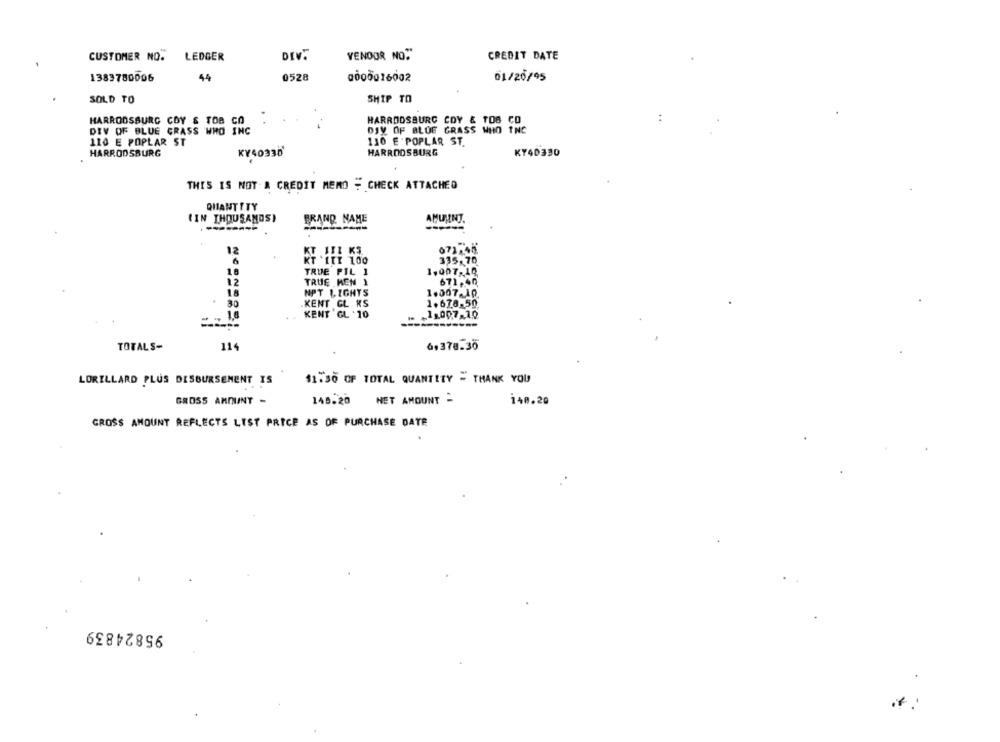
CUSTOMER NO.
LEDGER
DIV.
VENDOR NO."
CREDIT DATE
1383780006
44
0528
0000016002
01/26/95
SOLD TO
SHIP TO
HARRODSBURG CDY & TOS CO
HARRODSBURG CDY & TOB CO
DIV OF BLUE GRASS WHO INC
DJV OF BLUE GRASS WHO INC
110 E POPLAR ST
110 E POPLAR ST.
HARRODSBURG
KY40336
HARRODSBURG
KY40330
THIS IS NOT A CREDIT MEMO - CHECK ATTACHED
QUANTITY
(IN THOUSANDS)
BRAND NAME
12
671.45
335,70
18
TRUE PIL 1
1,007. 10
12
TRUE MEN 1
671,40
18
NPT 1,IGHTS
1.007.10
KENT GL KS
1.678.50
. 1,8
KENT GL :10
1,007-10
TOTALS-
114
6,378.30
LORILLARD PLUS DISBURSEMENT IS
$1.30 OF TOTAL QUANTITY = THANK YOU
GROSS AMOUNT -
148.20 NET AMOUNT -
140.20
CROSS AMOUNT REFLECTS LIST PRICE AS OF PURCHASE DATE
95824839